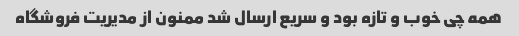
همه چی خوب و تازه بود و سریع ارسال شد ممنون از مدیریت فروشگاه